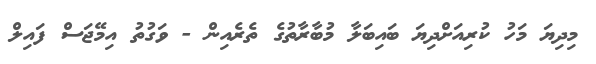
މިދިޔަ މަހު ކުރިއަށްދިޔަ ބައިބަލާ މުބާރާތުގެ ތެރެއިން - ވަގުތު އިމޭޖަސް ފައިލް